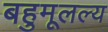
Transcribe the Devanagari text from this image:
बहुमूलल्य